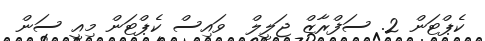
ކެޕްޓަން 2. ސަފްރާޒް ޖަލީލް  ވައިސް ކެޕްޓަން މިއީ ސަން